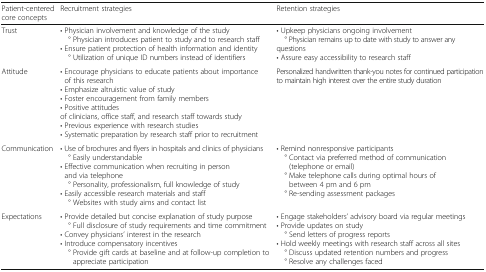
<table><thead><tr><td><b>Patient-centered core concepts</b></td><td><b>Recruitment strategies</b></td><td><b>Retention strategies</b></td></tr></thead><tbody><tr><td>Trust</td><td>• Physician involvement and knowledge of the study ° Physician introduces patient to study and to research staff• Ensure patient protection of health information and identity ° Utilization of unique ID numbers instead of identifiers</td><td>• Upkeep physicians ongoing involvement ° Physician remains up to date with study to answer any questions• Assure easy accessibility to research staff</td></tr><tr><td>Attitude</td><td>• Encourage physicians to educate patients about importance of this research• Emphasize altruistic value of study• Foster encouragement from family members• Positive attitudes of clinicians, office staff, and research staff towards study• Previous experience with research studies• Systematic preparation by research staff prior to recruitment</td><td>Personalized handwritten thank-you notes for continued participation to maintain high interest over the entire study duration</td></tr><tr><td>Communication</td><td>• Use of brochures and flyers in hospitals and clinics of physicians ° Easily understandable• Effective communication when recruiting in person and via telephone ° Personality, professionalism, full knowledge of study• Easily accessible research materials and staff° Websites with study aims and contact list</td><td>• Remind nonresponsive participants ° Contact via preferred method of communication (telephone or email) ° Make telephone calls during optimal hours of between 4 pm and 6 pm ° Re-sending assessment packages</td></tr><tr><td>Expectations</td><td>• Provide detailed but concise explanation of study purpose ° Full disclosure of study requirements and time commitment• Convey physicians’ interest in the research• Introduce compensatory incentives ° Provide gift cards at baseline and at follow-up completion to appreciate participation</td><td>• Engage stakeholders’ advisory board via regular meetings• Provide updates on study ° Send letters of progress reports• Hold weekly meetings with research staff across all sites ° Discuss updated retention numbers and progress ° Resolve any challenges faced</td></tr></tbody></table>